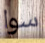
سوا